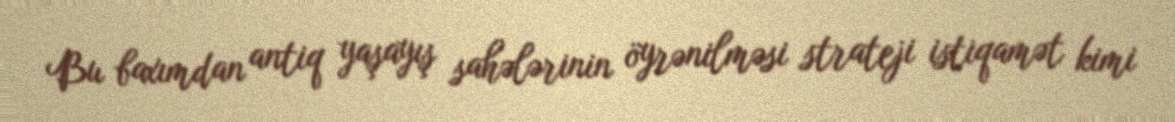
Bu baxımdan antiq yaşayış sahələrinin öyrənilməsi strateji istiqamət kimi